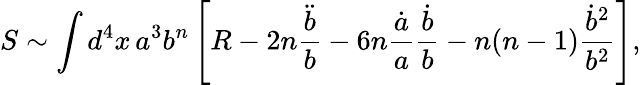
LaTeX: S\sim\int d^{4}x\, a^{3}b^{n}\left[R-2n\frac{\ddot{b}}{b}-6n\frac{\dot{a}}{a}\frac{\dot{b}}{b}-n(n-1)\frac{\dot{b}^{2}}{b^{2}}\right],